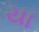
યા